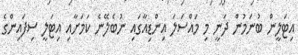
އިޓަލީން ބުނަމުން ދަނީ މި މައްސަލަ އިންޑިއާގައި ނުބެލޭނެ ކަމަށާއި އިޓަލީ ސިފައިންގެ